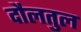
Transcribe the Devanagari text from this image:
दौलतुल